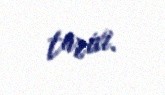
tarixi.